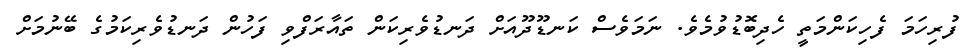
ފުރިހަމަ ފެހިކަންމަތީ ހެދިބޮޑުވުމެވެ. ނަމަވެސް ކަނޑޫދޫއަށް ދަނޑުވެރިކަން ތައާރަފްވި ފަހުން ދަނޑުވެރިކަމުގެ ބޭނުމަށް